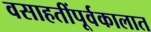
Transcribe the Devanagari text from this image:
वसाहतींपूर्वकालात